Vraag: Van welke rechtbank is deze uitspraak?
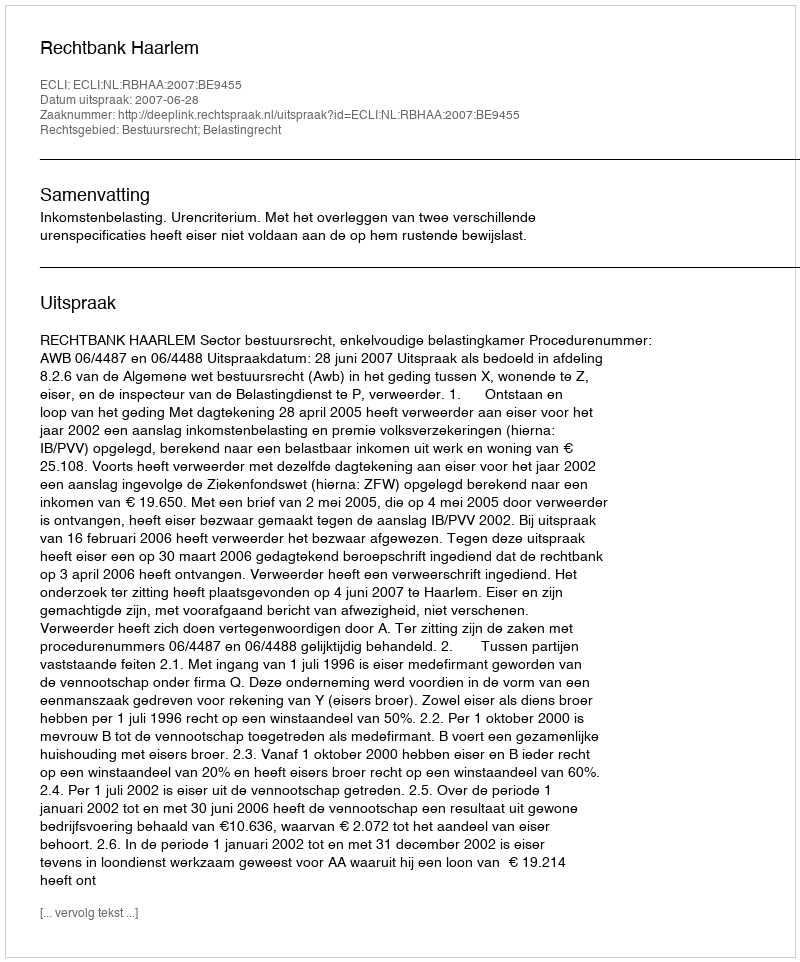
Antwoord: Rechtbank Haarlem